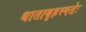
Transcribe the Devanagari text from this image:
धाताबृहस्पतेः